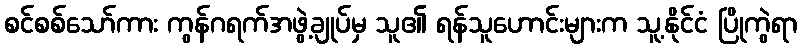
စင်စစ်သော်ကား ကွန်ဂရက်အဖွဲ့ချုပ်မှ သူ၏ ရန်သူဟောင်းများက သူ့နိုင်ငံ ပြိုကွဲရာ